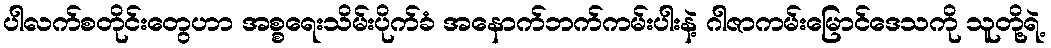
ပါလက်စတိုင်းတွေဟာ အစ္စရေးသိမ်းပိုက်ခံ အနောက်ဘက်ကမ်းပါးနဲ့ ဂါဇာကမ်းမြောင်ဒေသကို သူတို့ရဲ့